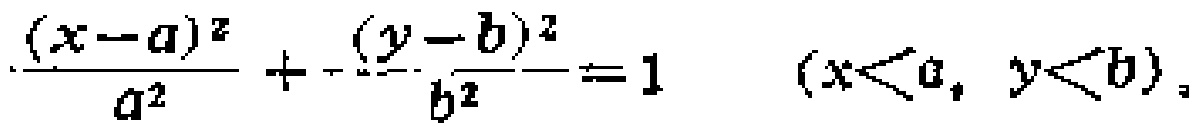
\(\frac{(x - a)^2}{a^2}+\frac{(y - b)^2}{b^2}=1\quad(x < a, y < b)\)